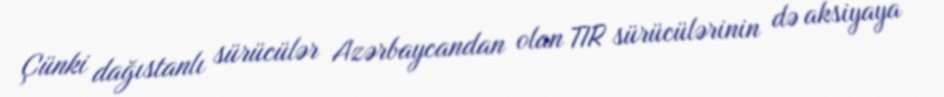
Çünki dağıstanlı sürücülər Azərbaycandan olan TIR sürücülərinin də aksiyaya